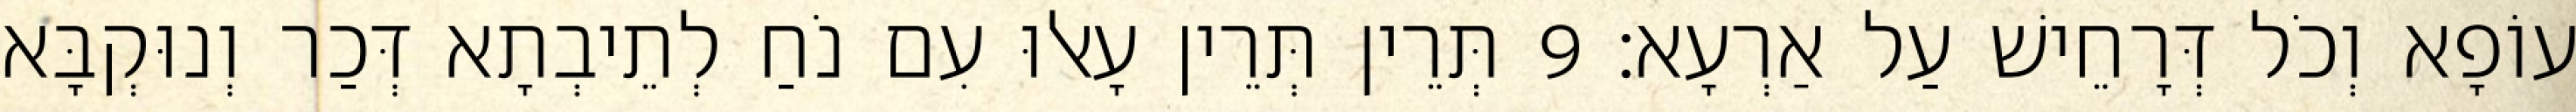
עוֹפָא וְכֹל דְּרָחֵישׁ עַל אַרְעָא׃ 9 תְּרֵין תְּרֵין עָאלוּ עִם נֹחַ לְתֵיבְתָא דְּכַר וְנוּקְבָּא